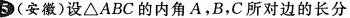
5(安徽)设\triangle ABC的内角A，B，C所对边的长分